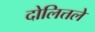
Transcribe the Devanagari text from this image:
दोलित्तले